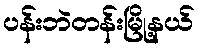
ပန်းဘဲတန်းမြို့နယ်